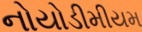
નોયોડીમીયમ